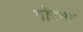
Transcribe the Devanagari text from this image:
गोरगा